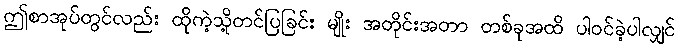
ဤစာအုပ်တွင်လည်း ထိုကဲ့သို့တင်ပြခြင်း မျိုး အတိုင်းအတာ တစ်ခုအထိ ပါဝင်ခဲ့ပါလျှင်